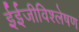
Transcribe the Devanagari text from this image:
ईईजीविश्लेषण